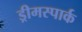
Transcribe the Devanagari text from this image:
ड्रीमस्पार्क